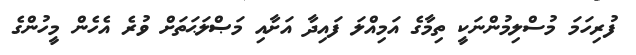
ފުރިހަމަ މުސްލިމުންނަކީ ތިމާގެ އަމިއްލަ ފައިދާ އަށާއި މަޞްލަޙަތަށް ވުރެ އެހެން މީހުންގެ